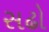
સઢો